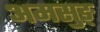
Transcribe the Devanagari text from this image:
अमसुङ्